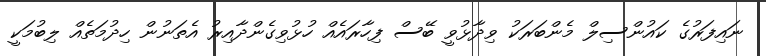
ނައިފަރުގެ ކައުންސިލް މެންބަރަކު ވިދާޅުވީ ބޭސް ފިހާރައެއް ހުޅުވިގެންދާއިރު އެތަނުން ހިދުމަތެއް ލިބުމަކީ